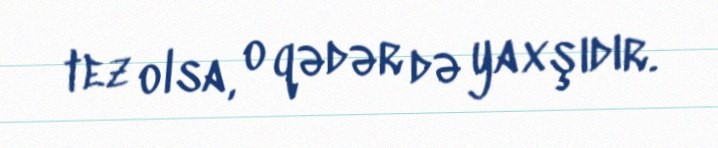
tez olsa, o qədər də yaxşıdır.